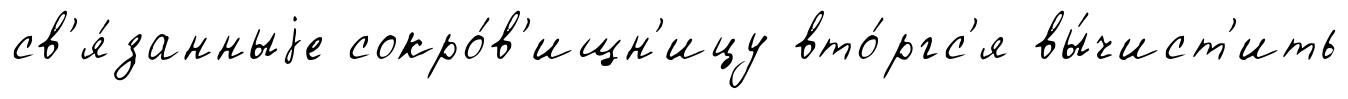
св'я́занныjе сокро́в'ищн'ицу вто́ргс'я вы́чист'ить